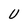
Character: U